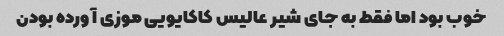
خوب بود اما فقط به جای شیر عالیس کاکایویی موزی آورده بودن